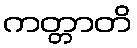
ကတ္တာတိ